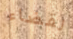
لقضاء